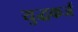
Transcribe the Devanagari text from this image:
युद्धकर्ज